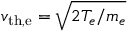
v _ { \mathrm { t h , e } } = \sqrt { 2 T _ { e } / m _ { e } }